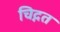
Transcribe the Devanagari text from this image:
चिद्गत